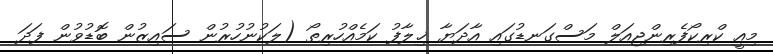
މިއީ ކްރިކޯފެރިންޖިއަލް މަސްގަނޑުގައި އާދަޔާ ޚިލާފު ކަމެއްހުރިތޯ (ލަކުނުހުރުން ސައިޒުން ބޮޑުވުން ފަދަ